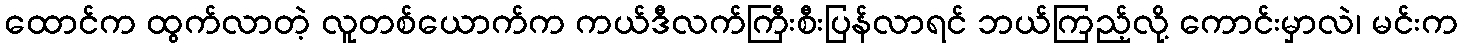
ထောင်က ထွက်လာတဲ့ လူတစ်ယောက်က ကယ်ဒီလက်ကြီးစီးပြန်လာရင် ဘယ်ကြည့်လို့ ကောင်းမှာလဲ၊ မင်းက